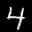
Label: 4